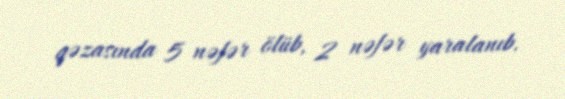
qəzasında 5 nəfər ölüb, 2 nəfər yaralanıb.